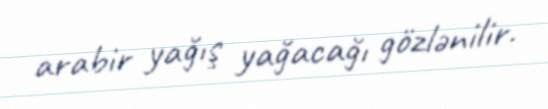
arabir yağış yağacağı gözlənilir.